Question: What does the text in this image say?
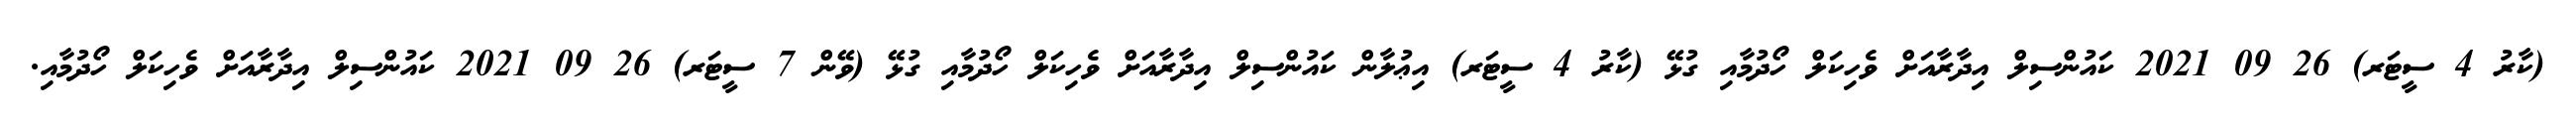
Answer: (ކާރު 4 ސީޓަރ) 26 09 2021 ކައުންސިލް އިދާރާއަށް ވެހިކަލް ހޯދުމާއި ގުޅޭ (ކާރު 4 ސީޓަރ) އިޢުލާން ކައުންސިލް އިދާރާއަށް ވެހިކަލް ހޯދުމާއި ގުޅޭ (ވޭން 7 ސީޓަރ) 26 09 2021 ކައުންސިލް އިދާރާއަށް ވެހިކަލް ހޯދުމާއި.